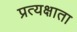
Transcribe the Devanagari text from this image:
प्रत्यक्षाता